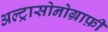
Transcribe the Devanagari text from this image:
अल्ट्रासोनोग्राफ़ी